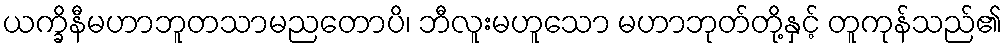
ယက္ခိနီမဟာဘူတသာမညတောပိ၊ ဘီလူးမဟူသော မဟာဘုတ်တို့နှင့် တူကုန်သည်၏